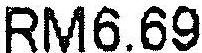
RM6.69